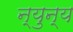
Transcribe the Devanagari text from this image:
न्युन्य